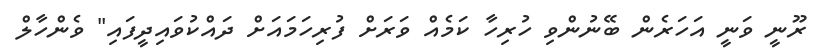
ރޫނީ ވަނީ އަހަރެން ބޭނުންވި ހުރިހާ ކަމެއް ވަރަށް ފުރިހަމައަށް ދައްކުވައިދީފައި" ވެންހާލް